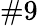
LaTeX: \# 9